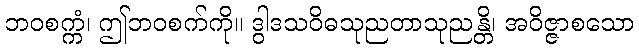
ဘဝစက္ကံ၊ ဤဘဝစက်ကို။ ဒွါဒသဝိဓသုညတာသုညန္တိ၊ အဝိဇ္ဇာစသော